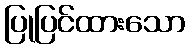
ပြုပြင်ထားသော